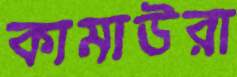
কামাউরা